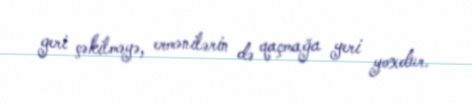
geri çəkilməyə, ermənilərin də qaçmağa yeri yoxdur.